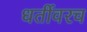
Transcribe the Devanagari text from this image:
धर्तीवरच